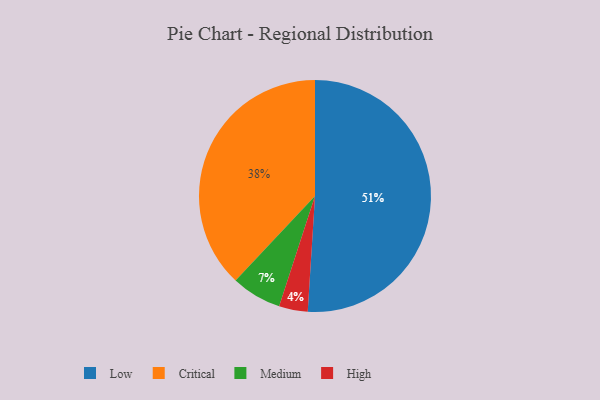
{"axis": {"x": "Category", "y": "Percentage"}, "legend": ["Critical", "High", "Low", "Medium"], "data": [{"x": "High", "y": 4, "type": "High"}, {"x": "Critical", "y": 38, "type": "Critical"}, {"x": "Low", "y": 51, "type": "Low"}, {"x": "Medium", "y": 7, "type": "Medium"}]}